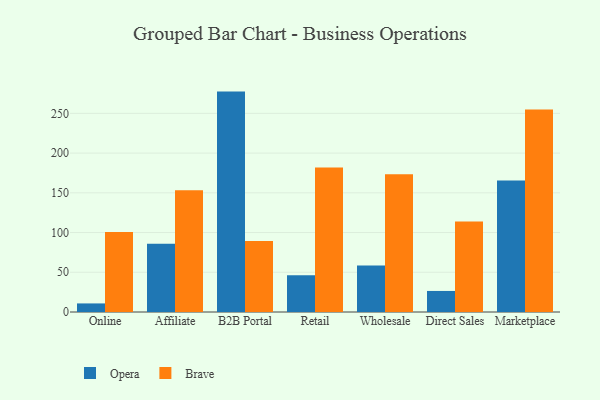
{"axis": {"x": "Channel", "y": "Latency (ms)"}, "legend": ["Brave", "Opera"], "data": [{"x": "Online", "y": 10.8, "type": "Opera"}, {"x": "Online", "y": 100.8, "type": "Brave"}, {"x": "Affiliate", "y": 85.8, "type": "Opera"}, {"x": "Affiliate", "y": 153.1, "type": "Brave"}, {"x": "B2B Portal", "y": 277.4, "type": "Opera"}, {"x": "B2B Portal", "y": 89.3, "type": "Brave"}, {"x": "Retail", "y": 46.3, "type": "Opera"}, {"x": "Retail", "y": 181.9, "type": "Brave"}, {"x": "Wholesale", "y": 58.4, "type": "Opera"}, {"x": "Wholesale", "y": 173.5, "type": "Brave"}, {"x": "Direct Sales", "y": 26.5, "type": "Opera"}, {"x": "Direct Sales", "y": 114.0, "type": "Brave"}, {"x": "Marketplace", "y": 165.4, "type": "Opera"}, {"x": "Marketplace", "y": 255.0, "type": "Brave"}]}